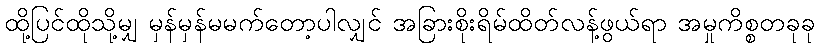
ထို့ပြင်ထိုသို့မျှ မှန်မှန်မမက်တော့ပါလျှင် အခြားစိုးရိမ်ထိတ်လန့်ဖွယ်ရာ အမှုကိစ္စတခုခု